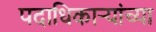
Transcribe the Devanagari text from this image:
पदाधिकार्‍यांच्या